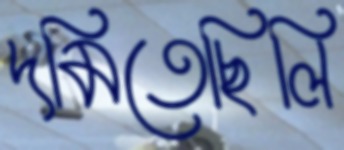
দমিতেছিলি